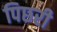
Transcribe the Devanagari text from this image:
पिछरी